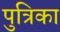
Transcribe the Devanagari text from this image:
पुत्रिका